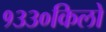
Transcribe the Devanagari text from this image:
१३३०किलो